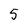
Character: 5